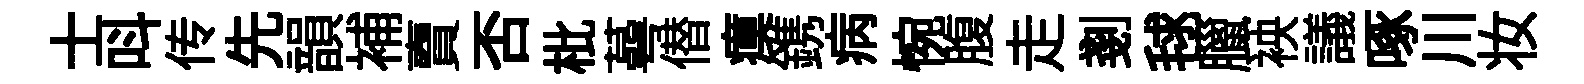
士呌传先韻補𧶠否枇蕚僣瘼鎸病惋腹走剗毬臘䘧議啄川妆